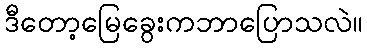
ဒီတော့မြေခွေးကဘာပြောသလဲ။